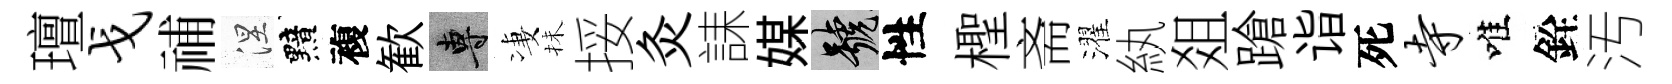
璮戈𥙷涅黯複歓專凄抺挼灸誄媒號性檉斋濯紈爼蹌诣死寺唯銓汚